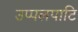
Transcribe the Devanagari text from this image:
उप्पलपाटि